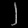
Digit: ၂